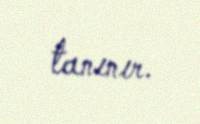
tanınır.